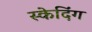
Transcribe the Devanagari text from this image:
स्केदिंग